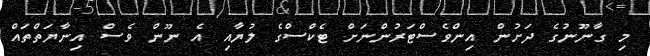
މި ގާނޫނުގެ ދަށުން އިންވެސްޓަރުންނަށް ޓެކްސްގެ ލުޔާއި އެ ނޫން ވެސް އިނާޔަތްތައް